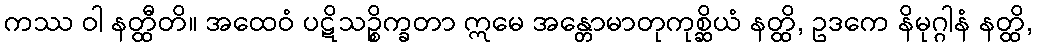
ကဿ ဝါ နတ္ထီတိ။ အထေဝံ ပဋိသဉ္စိက္ခတာ ဣမေ အန္တောမာတုကုစ္ဆိယံ နတ္ထိ, ဥဒကေ နိမုဂ္ဂါနံ နတ္ထိ,